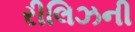
રીલિઝની